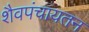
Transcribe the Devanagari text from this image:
शैवपंचायतन